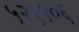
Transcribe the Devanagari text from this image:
५२६९०६